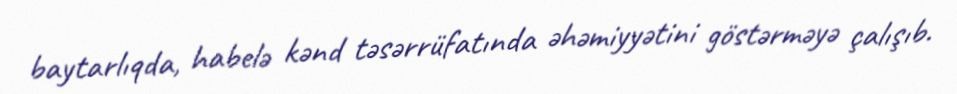
baytarlıqda, habelə kənd təsərrüfatında əhəmiyyətini göstərməyə çalışıb.